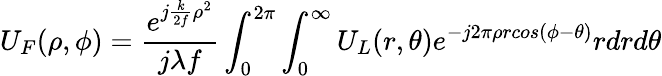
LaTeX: U_{F}(\rho,\phi)=\frac{e^{j\frac{k}{2f}\rho^{2}}}{j\lambda f}\int_{0}^{2\pi}\int_{0}^{\infty}U_{L}(r,\theta)e^{-j2\pi\rho rcos(\phi-\theta)}rdrd\theta